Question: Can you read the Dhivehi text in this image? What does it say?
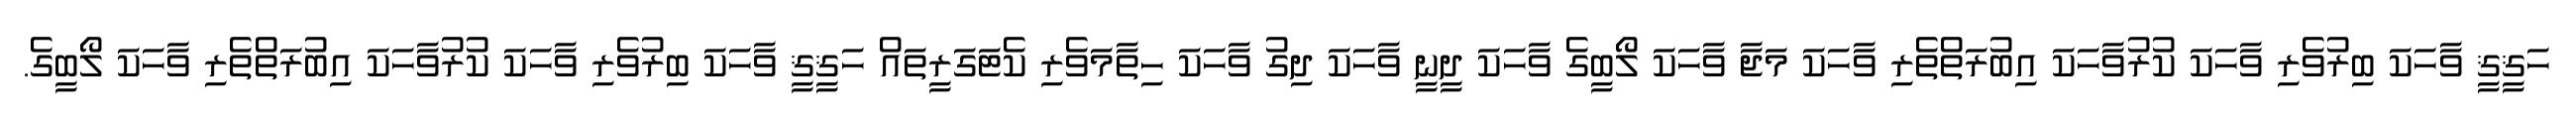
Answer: ހަޤީޤީ ވާހަކަ ބިރުވެރި ވާހަކަ ކުރުވާހަކަ އިބުރަތްތެރި ވާހަކަ މަޖާ ވާހަކަ ލޯބީގެ ވާހަކަ ދީނީ ވާހަކަ ދިގު ވާހަކަ ހިތާމަވެރި ކެޓަގަރީތައް ހަޤީޤީ ވާހަކަ ބިރުވެރި ވާހަކަ ކުރުވާހަކަ އިބުރަތްތެރި ވާހަކަ ލޯބީގެ.